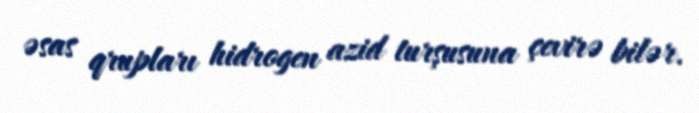
əsas qrupları hidrogen azid turşusuna çevirə bilər.